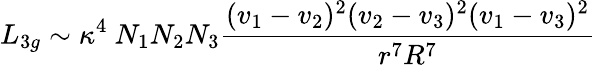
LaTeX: L_{3g}\sim\kappa^{4}~N_{1}N_{2}N_{3}{\frac{(v_{1}-v_{2})^{2}(v_{2}-v_{3})^{2}(v_{1}-v_{3})^{2}}{r^{7}R^{7}}}